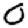
Digit: 0